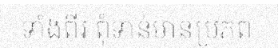
ទាំងពីរ ពុំទាន់មានប្រភព